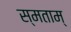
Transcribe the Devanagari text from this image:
स्मताम्